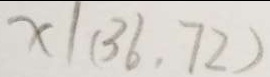
x / ( 3 6 . 7 2 )